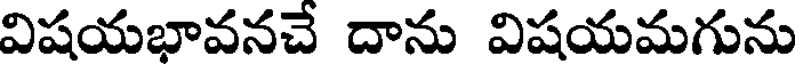
విషయభావనచే దాను విషయమగును